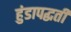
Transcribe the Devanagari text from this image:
हुंडापद्धती